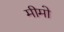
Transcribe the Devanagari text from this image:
मीमो